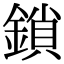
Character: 鎖